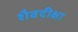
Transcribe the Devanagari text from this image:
शैवदीक्षा